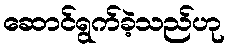
ဆောင်ရွက်ခဲ့သည်ဟု